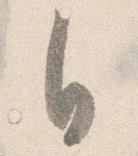
自